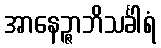
အာနေဉ္ဇာဘိသင်္ခါရံ